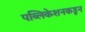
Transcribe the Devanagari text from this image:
पब्लिकेशनकडून